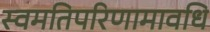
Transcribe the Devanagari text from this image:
स्वमतिपरिणामावधि